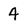
Character: 4